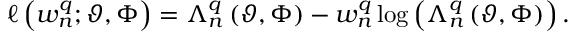
\ell \left( w _ { n } ^ { q } ; \vartheta , \Phi \right) = \Lambda _ { n } ^ { q } \left( \vartheta , \Phi \right) - w _ { n } ^ { q } \log \left( \Lambda _ { n } ^ { q } \left( \vartheta , \Phi \right) \right) .